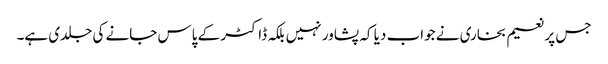
جس پر نعیم بخاری نے جواب دیا کہ پشاور نہیں بلکہ ڈاکٹر کے پاس جانے کی جلدی ہے۔